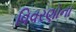
વિવરણોના